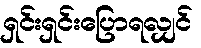
ရှင်းရှင်းပြောရလျှင်